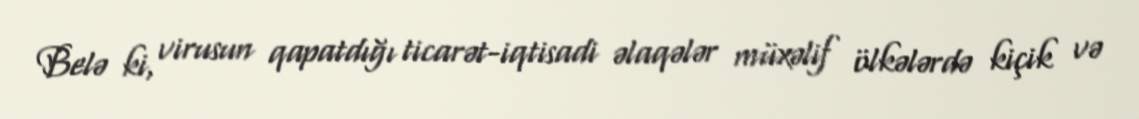
Belə ki, virusun qapatdığı ticarət-iqtisadi əlaqələr müxəlif ölkələrdə kiçik və